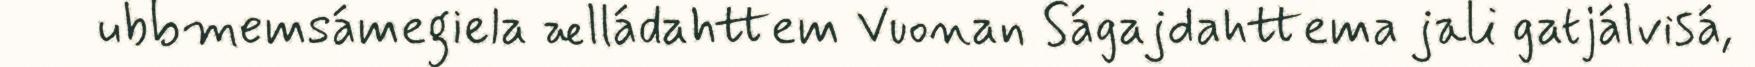
ubbmemsámegiela ælládahttem Vuonan Ságajdahttema jali gatjálvisá,